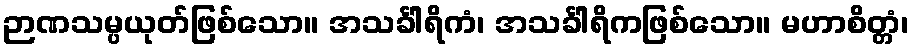
ဉာဏသမ္ပယုတ်ဖြစ်သော။ အသင်္ခါရိကံ၊ အသင်္ခါရိကဖြစ်သော။ မဟာစိတ္တံ၊